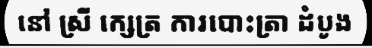
នៅ ស្រី ក្សេត្រ ការបោះត្រា ដំបូង